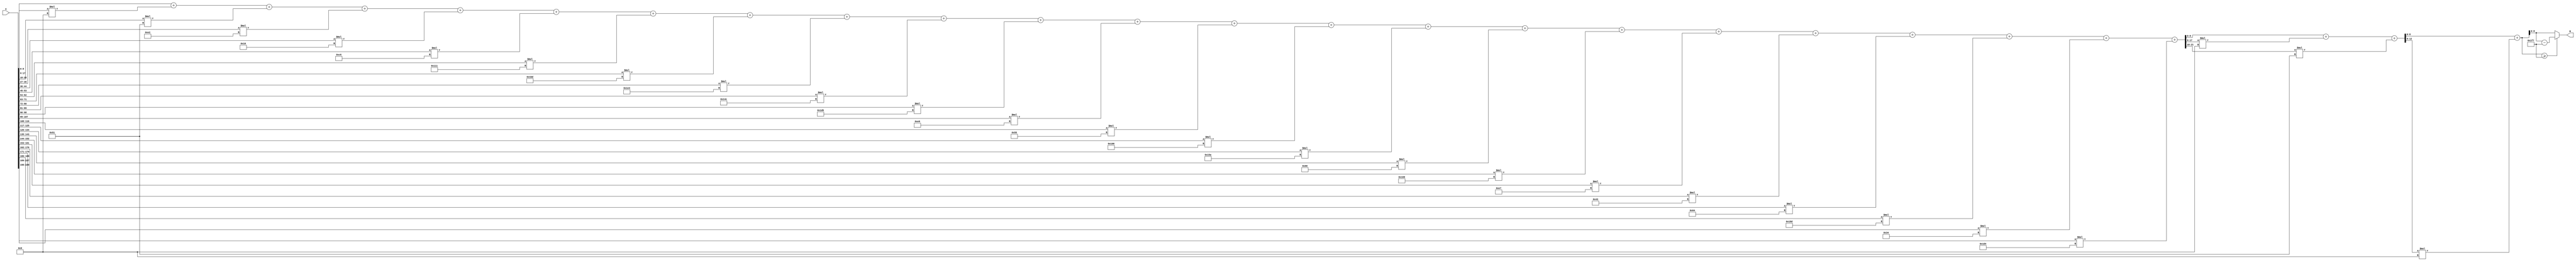
module x_200_mod_503(
    input [200:1] X,
    output [9:1] R
    );

wire [22:1] R_temp_1;
wire [13:1] R_temp_2;
wire [10:1] R_temp_3;
reg [9:1]  R_temp;

assign R_temp_1 = X [ 9 : 1 ]  + X [ 18 : 10 ] * 4'b1001 + X [ 27 : 19 ] * 7'b1010001 + 
X [ 36 : 28 ] * 8'b11100010 + X [ 45 : 37 ] * 5'b10110 + X [ 54 : 46 ] * 8'b11000110 + 
X [ 63 : 55 ] * 9'b100010001 + X [ 72 : 64 ] * 9'b110111101 + X [ 81 : 73 ] * 9'b111100100 + 
X [ 90 : 82 ] * 9'b101001100 + X [ 99 : 91 ] * 9'b111011001 + X [ 108 : 100 ] * 8'b11101001 + 
X [ 117 : 109 ] * 7'b1010101 + X [ 126 : 118 ] * 9'b100000110 + X [ 135 : 127 ] * 9'b101011010 + 
X [ 144 : 136 ] * 7'b1100000 + X [ 153 : 145 ] * 9'b101101001 + X [ 162 : 154 ] * 8'b11100111 + 
X [ 171 : 163 ] * 7'b1000011 + X [ 180 : 172 ] * 7'b1100100 + X [ 189 : 181 ] * 9'b110001101 + 
X [ 198 : 190 ] * 6'b110100 + X [ 200 : 199 ] * 9'b111010100 ;

assign R_temp_2 = R_temp_1 [ 9 : 1 ]  + R_temp_1 [ 18 : 10 ] * 4'b1001 + R_temp_1 [ 22 : 19 ] * 7'b1010001 ;

assign R_temp_3 = R_temp_2 [ 9 : 1 ]  + R_temp_2 [ 13 : 10 ] * 4'b1001 ;

always @(R_temp_3)
begin
  if (R_temp_3 >= 9'b111110111)
    R_temp <= R_temp_3 - 9'b111110111;
  else
    R_temp <= R_temp_3;
end

assign R = R_temp;

endmodule